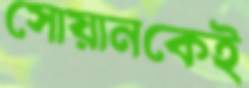
সোয়ানকেই